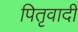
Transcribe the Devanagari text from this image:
पितृवादी